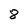
Character: 8